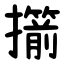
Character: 擶